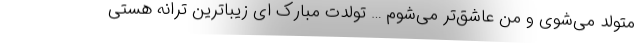
متولد می‌شوی و من عاشق‌تر می‌شوم … تولدت مبارک ای زیباترین ترانه هستی